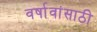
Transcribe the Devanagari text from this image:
वर्षावांसाठी